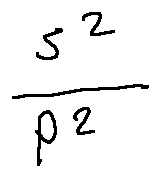
\frac { s ^ { 2 } } { l ^ { 2 } }